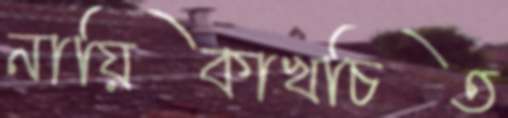
নায়িকাখচিত